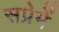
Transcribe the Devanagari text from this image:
सप्रेमें